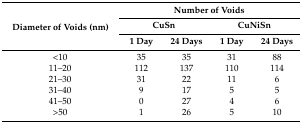
| <ROWSPAN=3> Diameter of Voids (nm) | <COLSPAN=4> Number of Voids |
 | <COLSPAN=2> CuSn | <COLSPAN=2> CuNiSn |
 | 1 Day | 24 Days | 1 Day | 24 Days |
 | --- | --- | --- | --- | --- |
 | <10 | 35 | 35 | 31 | 88 |
 | 11–20 | 112 | 137 | 110 | 114 |
 | 21–30 | 31 | 22 | 11 | 6 |
 | 31–40 | 9 | 17 | 5 | 5 |
 | 41–50 | 0 | 27 | 4 | 6 |
 | >50 | 1 | 26 | 5 | 10 |